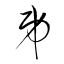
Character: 弟